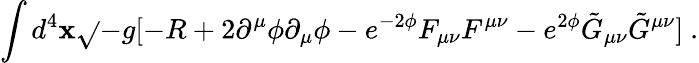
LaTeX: \int{d^{4}\mathbf{x}\sqrt{}{{-g}}[-R+2\partial^{\mu}\phi\partial_{\mu}\phi-e^{-2\phi}F_{\mu\nu}F^{\mu\nu}-e^{2\phi}\tilde{{G}}_{\mu\nu}\tilde{{G}}^{\mu\nu}]}\ .